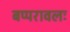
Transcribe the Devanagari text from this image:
बप्परावलः